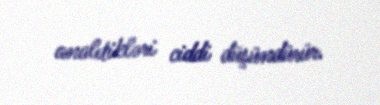
analıtikləri ciddi düşündürür.